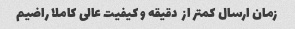
زمان ارسال کمتر از  دقیقه و کیفیت عالی کاملا راضیم